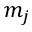
m _ { j }